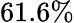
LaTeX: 61.6\%